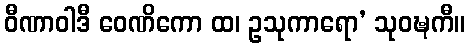
ဝီဏာဝါဒီ ဝေဏိကော ထ၊ ဥသုကာရော’ သုဝဍ္ဎကီ။